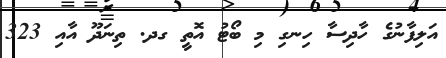
އަލިފާނުގެ ހާދިސާ ހިނގި މި ބޯޓު އޮތީ ގދ. ތިނަދޫ އާއި 323